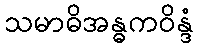
သမာဓိအန္ဓကဝိန္ဒံ